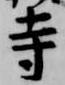
寺